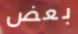
بعض